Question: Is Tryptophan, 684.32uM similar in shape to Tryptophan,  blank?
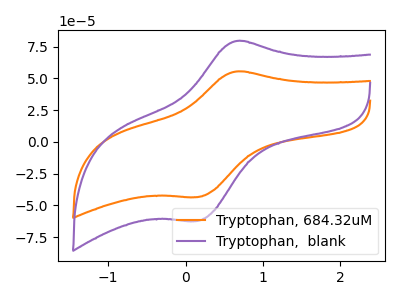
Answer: <think>The orange curve "Tryptophan, 684.32uM" has an anodic peak at (0.65V, 55.40uA) and a cathodic peak at (0.15V, -43.40uA). The purple curve "Tryptophan,  blank" has an anodic peak at (0.65V, 79.35uA) and a cathodic peak at (0.15V, -62.20uA).
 All the peaks in "Tryptophan, 684.32uM" have a peak in "Tryptophan,  blank" at the same potential. Every peak in "Tryptophan, 684.32uM" is lower than every peak in "Tryptophan,  blank".</think>
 <answer>"Tryptophan, 684.32uM" and "Tryptophan,  blank" are similar in shape.</answer>
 <eval>same_shape</eval>